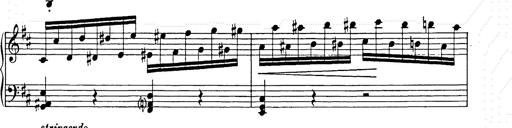
Title: Ballade No.2
Composer: Jan Skrzydlewski
Key: B minor